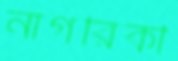
নাগরিকী